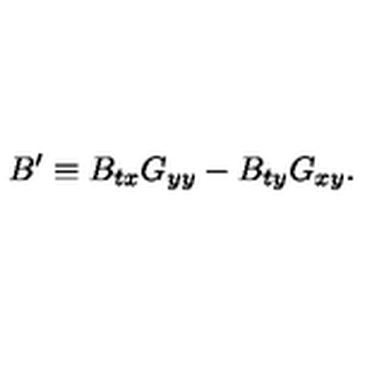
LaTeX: B ^ { \prime } \equiv B _ { t x } G _ { y y } - B _ { t y } G _ { x y } .